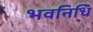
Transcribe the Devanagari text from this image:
भवनिधि